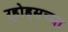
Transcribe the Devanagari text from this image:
ऱ्होड्सच्या